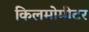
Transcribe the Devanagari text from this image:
किलमोमीटर